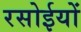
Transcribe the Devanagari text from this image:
रसोईयों